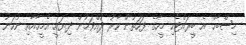
މިޞްބާޙް އެ ބީރައްޓެހި މީހާގެ ފަހަތުން ކާރު ދުއްވަމުން ދިޔައީ އެމީހާއާއި ނުހަނު